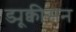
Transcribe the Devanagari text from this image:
ड्यूक्वीसन